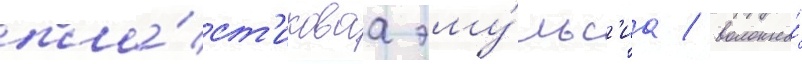
пла́ст'иковаа эму́льс'иа / волокна́